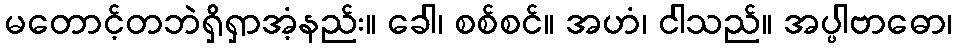
မတောင့်တဘဲရှိရှာအံ့နည်း။ ခေါ၊ စစ်စင်။ အဟံ၊ ငါသည်။ အပ္ပါဗာဓော၊